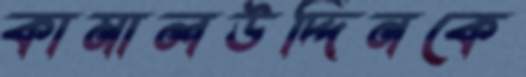
কামালউদ্দিনকে